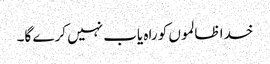
خدا ظالموں کو راہ یاب نہیں کرے گا۔